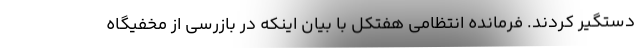
دستگیر کردند. فرمانده انتظامی هفتکل با بیان اینکه در بازرسی از مخفیگاه